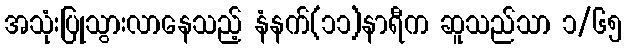
အသုံးပြုသွားလာနေသည့် နံနက်(၁၁)နာရီက ဆူသည်သာ ၁/၆၅